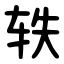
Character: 轶